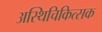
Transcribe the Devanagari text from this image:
अस्थिचिकित्सक